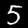
Label: 5